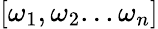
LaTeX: \left[{{\omega_{1}},{\omega_{2}}...{\omega_{n}}}\right]